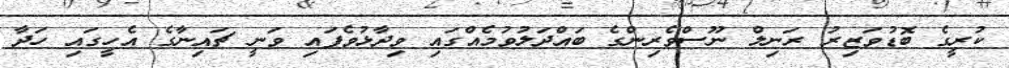
ކުރީގެ ބޮޑުވަޒިރު ރަނިލް ނޫސްވެރިންގެ ބައްދަލުވުމެއްގައި ވިދާޅުވެފައި ވަނީ ޗައިނާގެ އެހީގައި ހަދާ